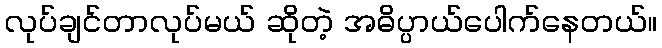
လုပ်ချင်တာလုပ်မယ် ဆိုတဲ့ အဓိပ္ပာယ်ပေါက်နေတယ်။